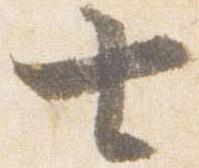
七